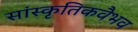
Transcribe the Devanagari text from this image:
सांस्कृतिकवैभव